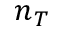
n _ { T }